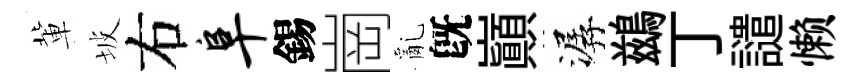
軰坡右阜錫崗亂旣巔潺鷀丁譴懒